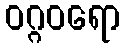
ဝဂ္ဂဝရော